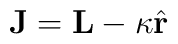
\mathbf{J}=\mathbf{L}-\kappa\hat{\mathbf{r}}